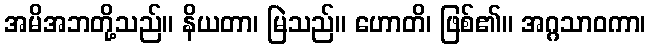
အမိအဘတို့သည်။ နိယတာ၊ မြဲသည်။ ဟောတိ၊ ဖြစ်၏။ အဂ္ဂသာဝကာ၊